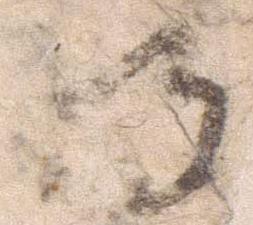
将